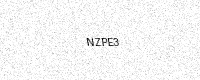
Text: NZPE3